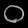
Digit: ၀